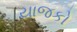
યાજકો